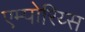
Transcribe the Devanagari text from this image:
एम्पोरिय्स